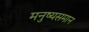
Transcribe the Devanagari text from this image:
मनुष्यसमान